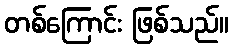
တစ်ကြောင်း ဖြစ်သည်။